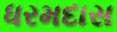
ધરમદાસ